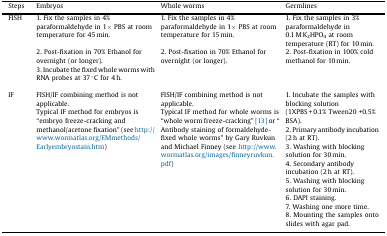
<table><thead><tr><td><b>Steps</b></td><td><b>Embryos</b></td><td><b>Whole worms</b></td><td><b>Germlines</b></td></tr></thead><tbody><tr><td rowspan="3">FISH</td><td>1. Fix the samples in 4% paraformaldehyde in 1× PBS at room temperature for 45 min.</td><td>1. Fix the samples in 4% paraformaldehyde in 1× PBS at room temperature for 15 min.</td><td>1. Fix the samples in 3% paraformaldehyde in 0.1 M K<sub>2</sub>HPO<sub>4</sub> at room temperature (RT) for 10 min.</td></tr><tr><td>2. Post-fixation in 70% Ethanol for overnight (or longer).</td><td>2. Post-fixation in 70% Ethanol for overnight (or longer).</td><td>2. Post-fixation in 100% cold methanol for 10 min.</td></tr><tr><td>3. Incubate the fixed whole worms with RNA probes at 37 °C for 4 h.</td><td></td><td></td></tr><tr><td colspan="4">  </td></tr><tr><td rowspan="8">IF</td><td rowspan="8">FISH/IF combining method is not applicable.Typical IF method for embryos is “embryo freeze-cracking and methanol/acetone fixation” (see http://www.wormatlas.org/EMmethods/Earlyembryostain.htm)</td><td rowspan="8">FISH/IF combining method is not applicable.Typical IF method for whole worms is “whole worm freeze-cracking” [13] or “ Antibody staining of formaldehyde-fixed whole worms” by Gary Ruvkun and Michael Finney (see http://www.wormatlas.org/images/finneyruvkun.pdf)</td><td>1. Incubate the samples with blocking solution (1XPBS + 0.1% Tween20 +0.5% BSA).</td></tr><tr><td>2. Primary antibody incubation (2 h at RT).</td></tr><tr><td>3. Washing with blocking solution for 30 min.</td></tr><tr><td>4. Secondary antibody incubation (2 h at RT).</td></tr><tr><td>5. Washing with blocking solution for 30 min.</td></tr><tr><td>6. DAPI staining.</td></tr><tr><td>7. Washing one more time.</td></tr><tr><td>8. Mounting the samples onto slides with agar pad.</td></tr></tbody></table>